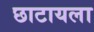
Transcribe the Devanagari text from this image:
छाटायला